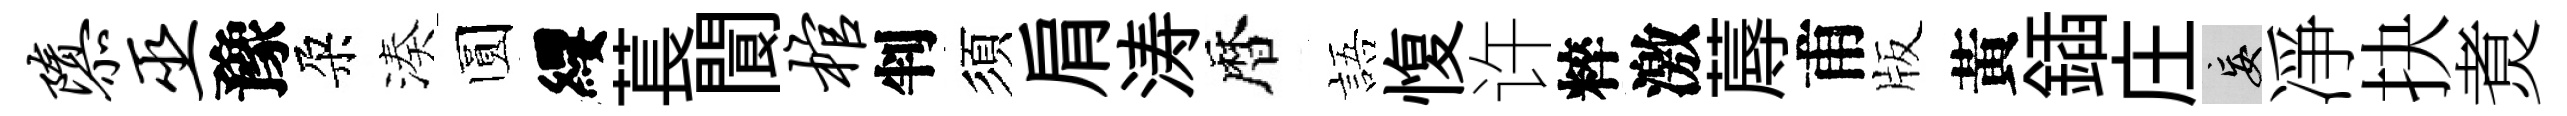
隳巫豫朶湊圆纓萇閬棺判須肩涛暦語愎许粹激蓐甫版黃鍤庄妄凈抉煑